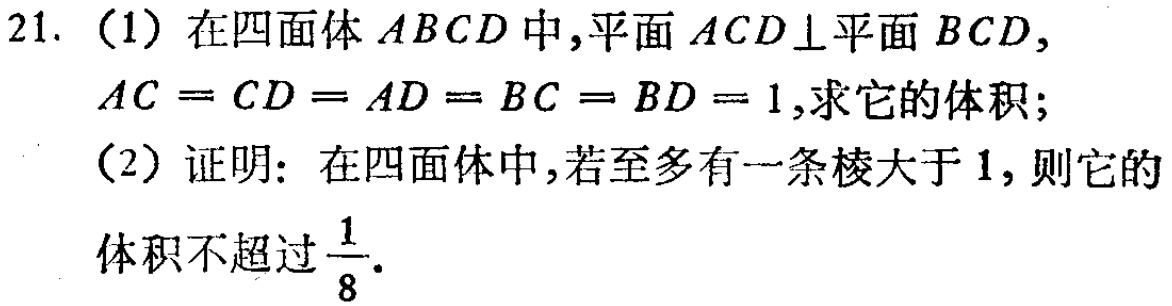
21. （1）在四面体 \(ABCD\) 中，平面 \(ACD\perp\) 平面 \(BCD\)，\(AC = CD = AD = BC = BD = 1\)，求它的体积；
（2）证明：在四面体中，若至多有一条棱大于 \(1\)，则它的体积不超过 \(\frac{1}{8}\)。